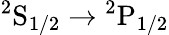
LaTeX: \mathrm{{}^{2}S_{1/2}\to{}^{2}P_{1/2}}